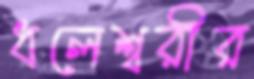
ধলেশ্বরীর